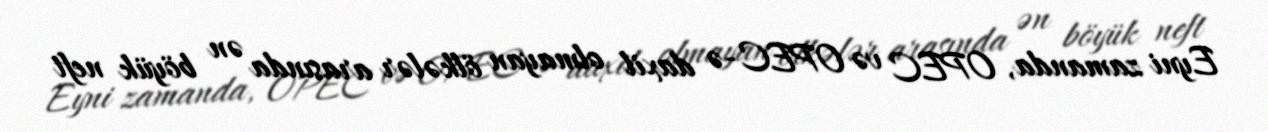
Eyni zamanda, OPEC və OPEC-ə daxil olmayan ölkələr arasında ən böyük neft